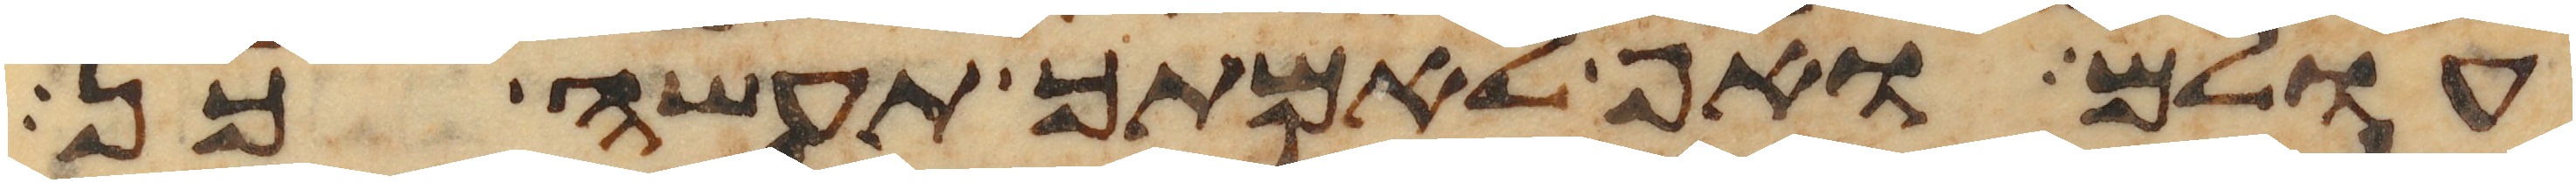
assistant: עולם ואף לאמתך תעשה כן